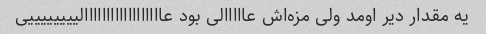
یه مقدار دیر اومد ولی مزه‌اش عااااالی بود عاااااااااااااااااالییییییییی